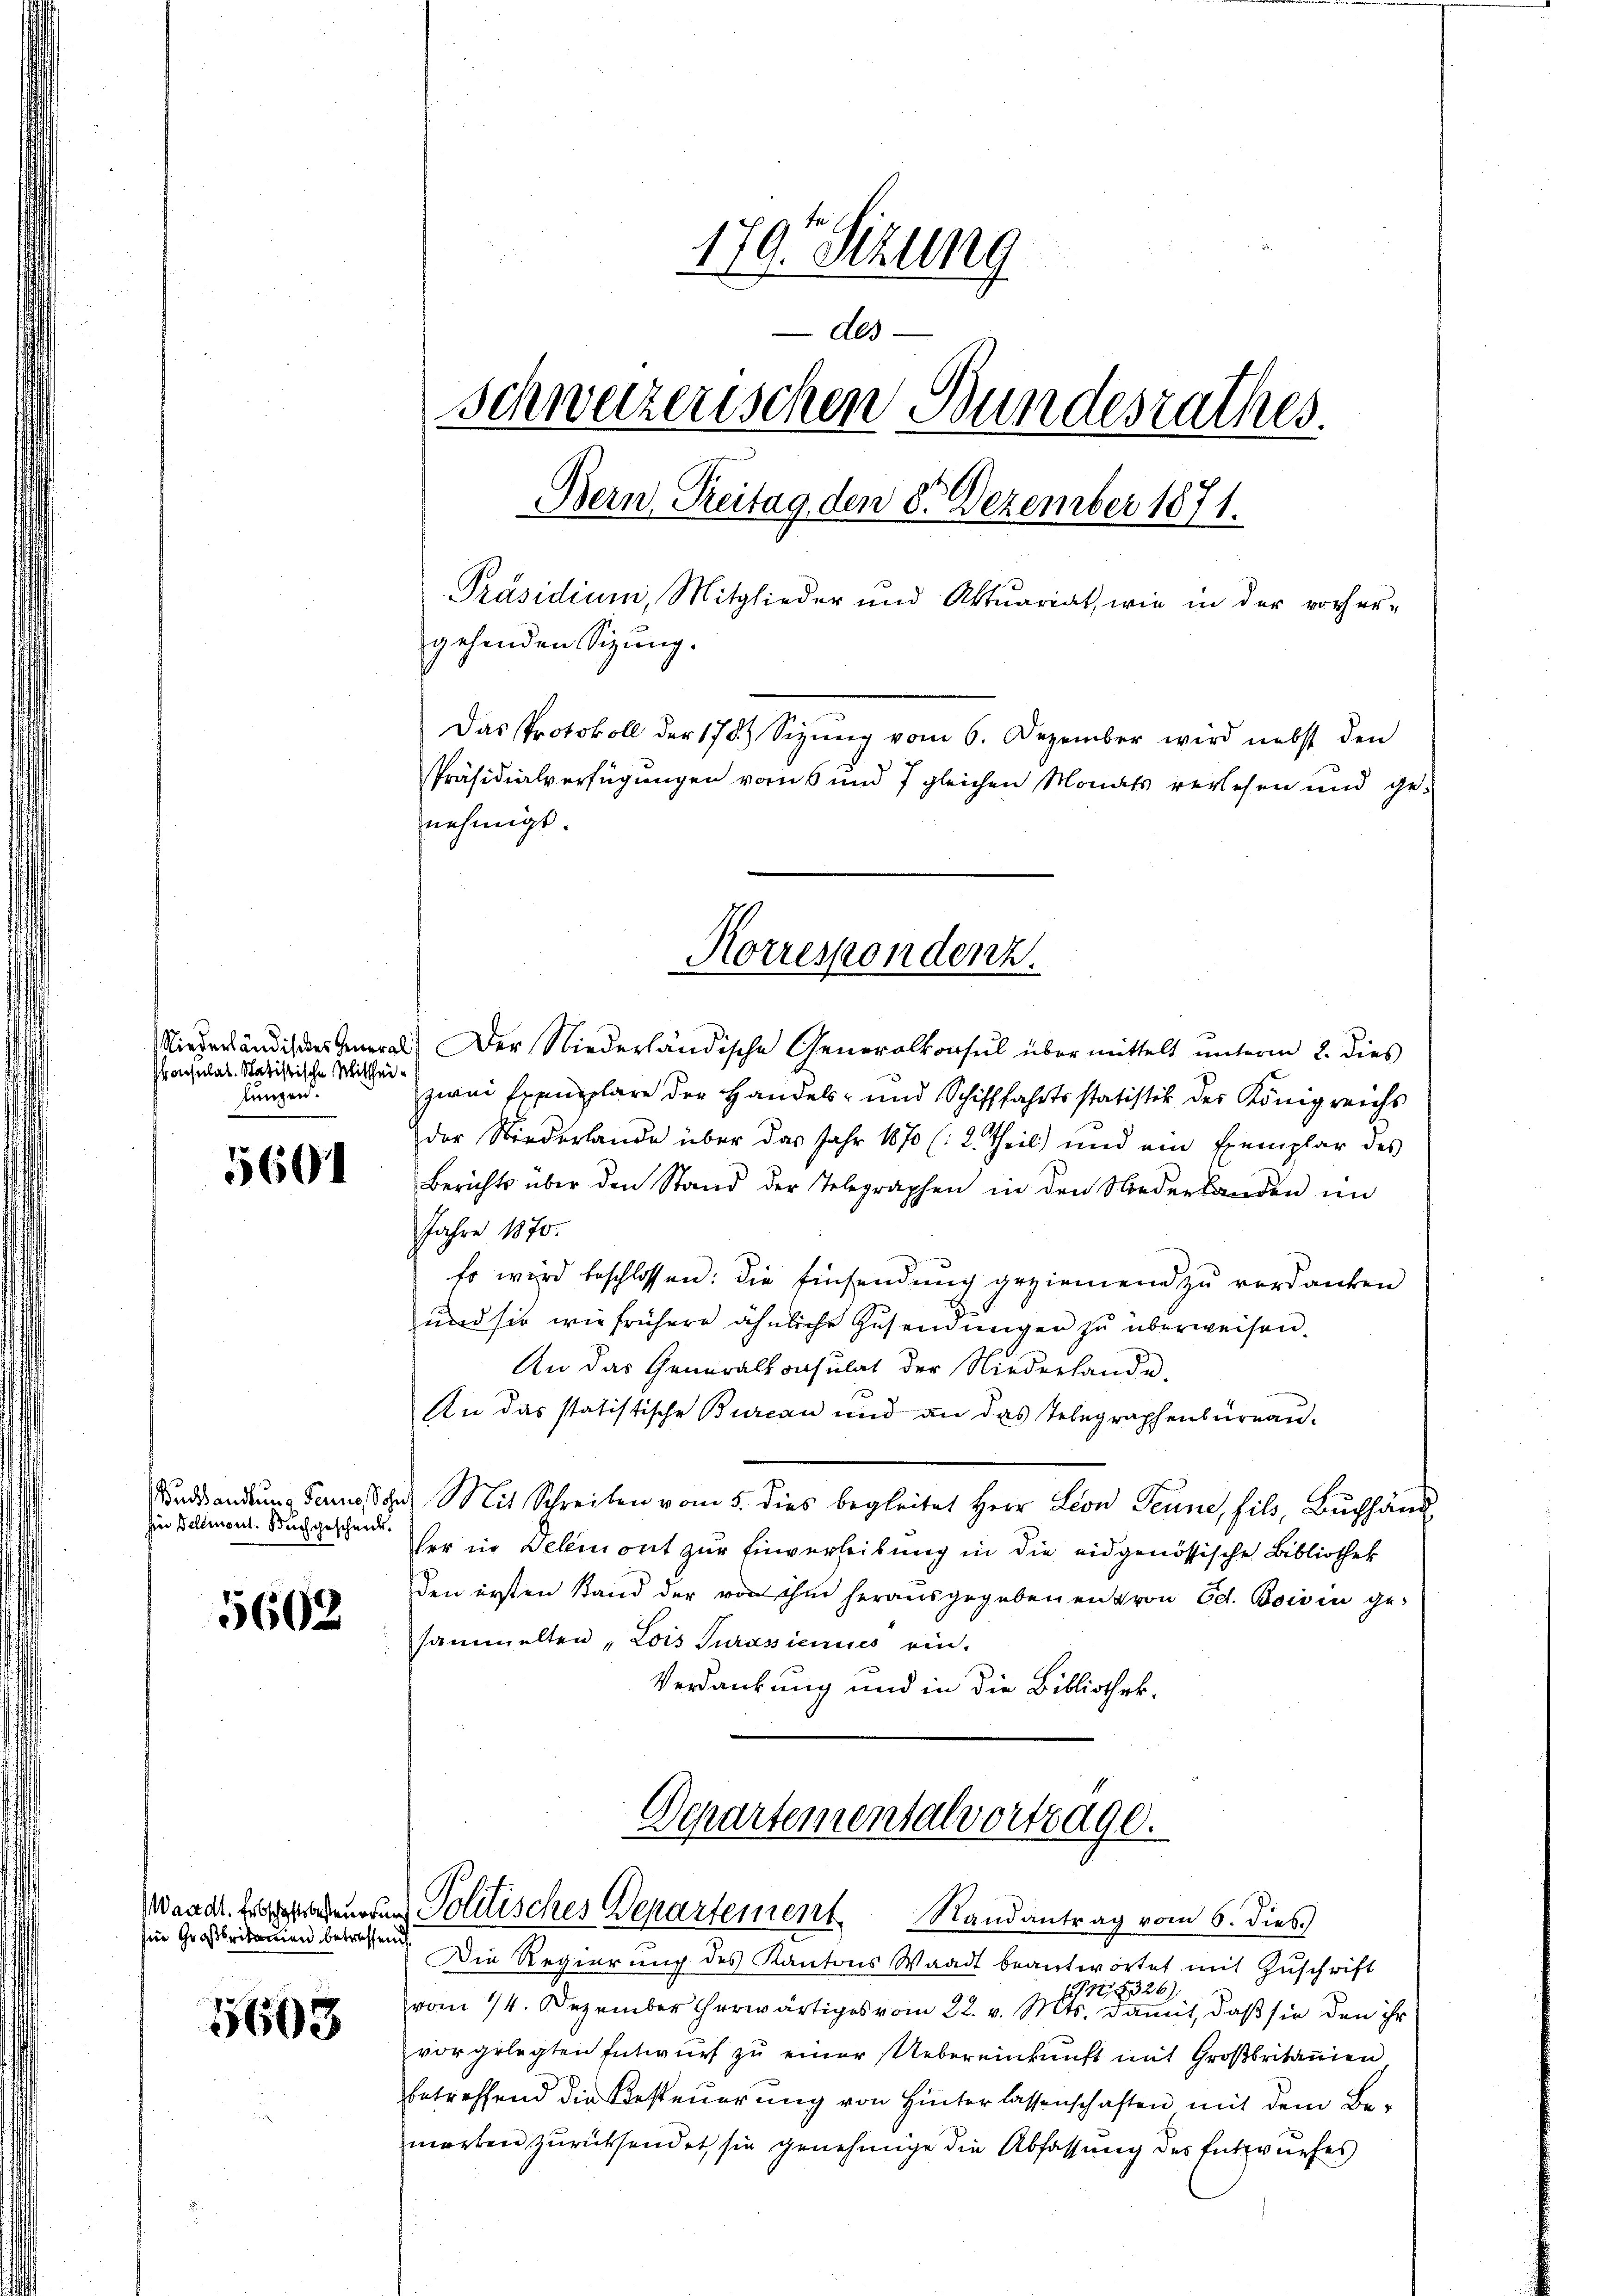
konsulat. Statistische Mitthei
lungen.

5601

Buchhandlung Ferne, Sohn
hin Bellmont. Buch gescheide.

5602

sine Großbritanien betreffend

5608

179. Sitzung
des
Schweizerischen Bundesrathes.
Bern, Reitag den 8. Dezember 1871.
Präsidium, Mitglieder und Aktuariat, wie in der vorher-
gehenden Sigung.
Das Protokoll der 178) Sizŭng vom 6. Dezember wird nebst den
Präsidialverfügungen vom 6 und 7 gleichen Monats verlesen und genehmigt.

Korrespondenz.

Niederländiges General. Der Niederländische Generalkonsul über mittelt unterm 2. dies
zwei Exemplare der Handels- und Schifffahrtsstatistik des Königreichs
der Niederlande über das Jahr 1870 (: 2. Theil) und ein Exemplar des
Berichts über den Stand der Telegraphen in den Niederbanden im
Jahre 1870.
Es wird beschlossen: die Einsendung geziemend zu verdanken
und sie wie frühere ähnliche Zŭsendŭngen zŭ überweisen.
An das Generalkonsulat der Niederhande
An das statistische Burcan und an das Telegraphenbureau¬
Mit Schreiben vom 5. dies begleitet Herr Leon Tenne, fils, Buchhänd
her in Delemont zur Einverleibung in die eidgenössische Bibliothek
den ersten Stand der von ihm herausgegebenen Kron Ed. Boivin ge-
sammelten, Lois Turasienues ein.
Verdankung und in die Bibliothek-

Departementalvortrage.
Waadt, Ergebenen Politisches Departement. Randantrag vom 6. dies.

Die Regierung des Kantons Waadt beantwortet mit Zuschrift
8326)
vom 14. Dezember erwärtiges vom 22. v. Mts. damit, daß sie den ihr
vorgelegten Entwurf zu einer Uebereinkunft mit Großbritanien
betreffend die Besteuerung von Hinterlassenschaften mit dem Be-
merken zurücksendet, sie genehmige die Abfassung des Entwurfes